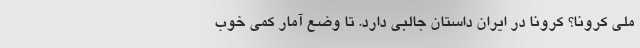
ملی کرونا؟ کرونا در ایران داستان جالبی دارد. تا وضع آمار کمی خوب